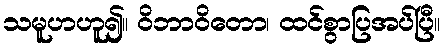
သမူဟဟူ၍။ ဝိဘာဝိတော၊ ထင်စွာပြအပ်ပြီ။